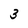
Character: 3